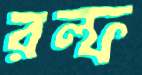
রল্ফ